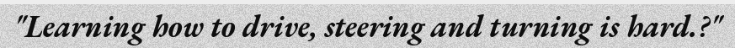
"Learning how to drive, steering and turning is hard.?"